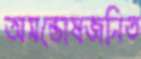
অসন্তোষজনিত